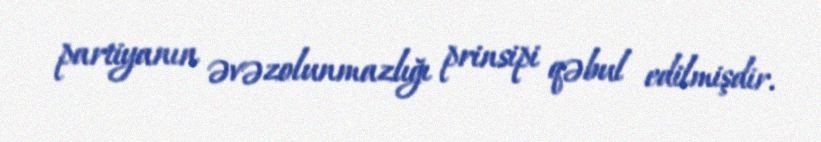
partiyanın əvəzolunmazlığı prinsipi qəbul edilmişdir.